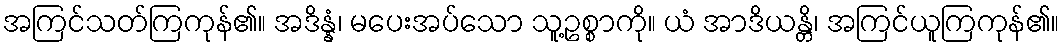
အကြင်သတ်ကြကုန်၏။ အဒိန္နံ၊ မပေးအပ်သော သူ့ဥစ္စာကို။ ယံ အာဒိယန္တိ၊ အကြင်ယူကြကုန်၏။